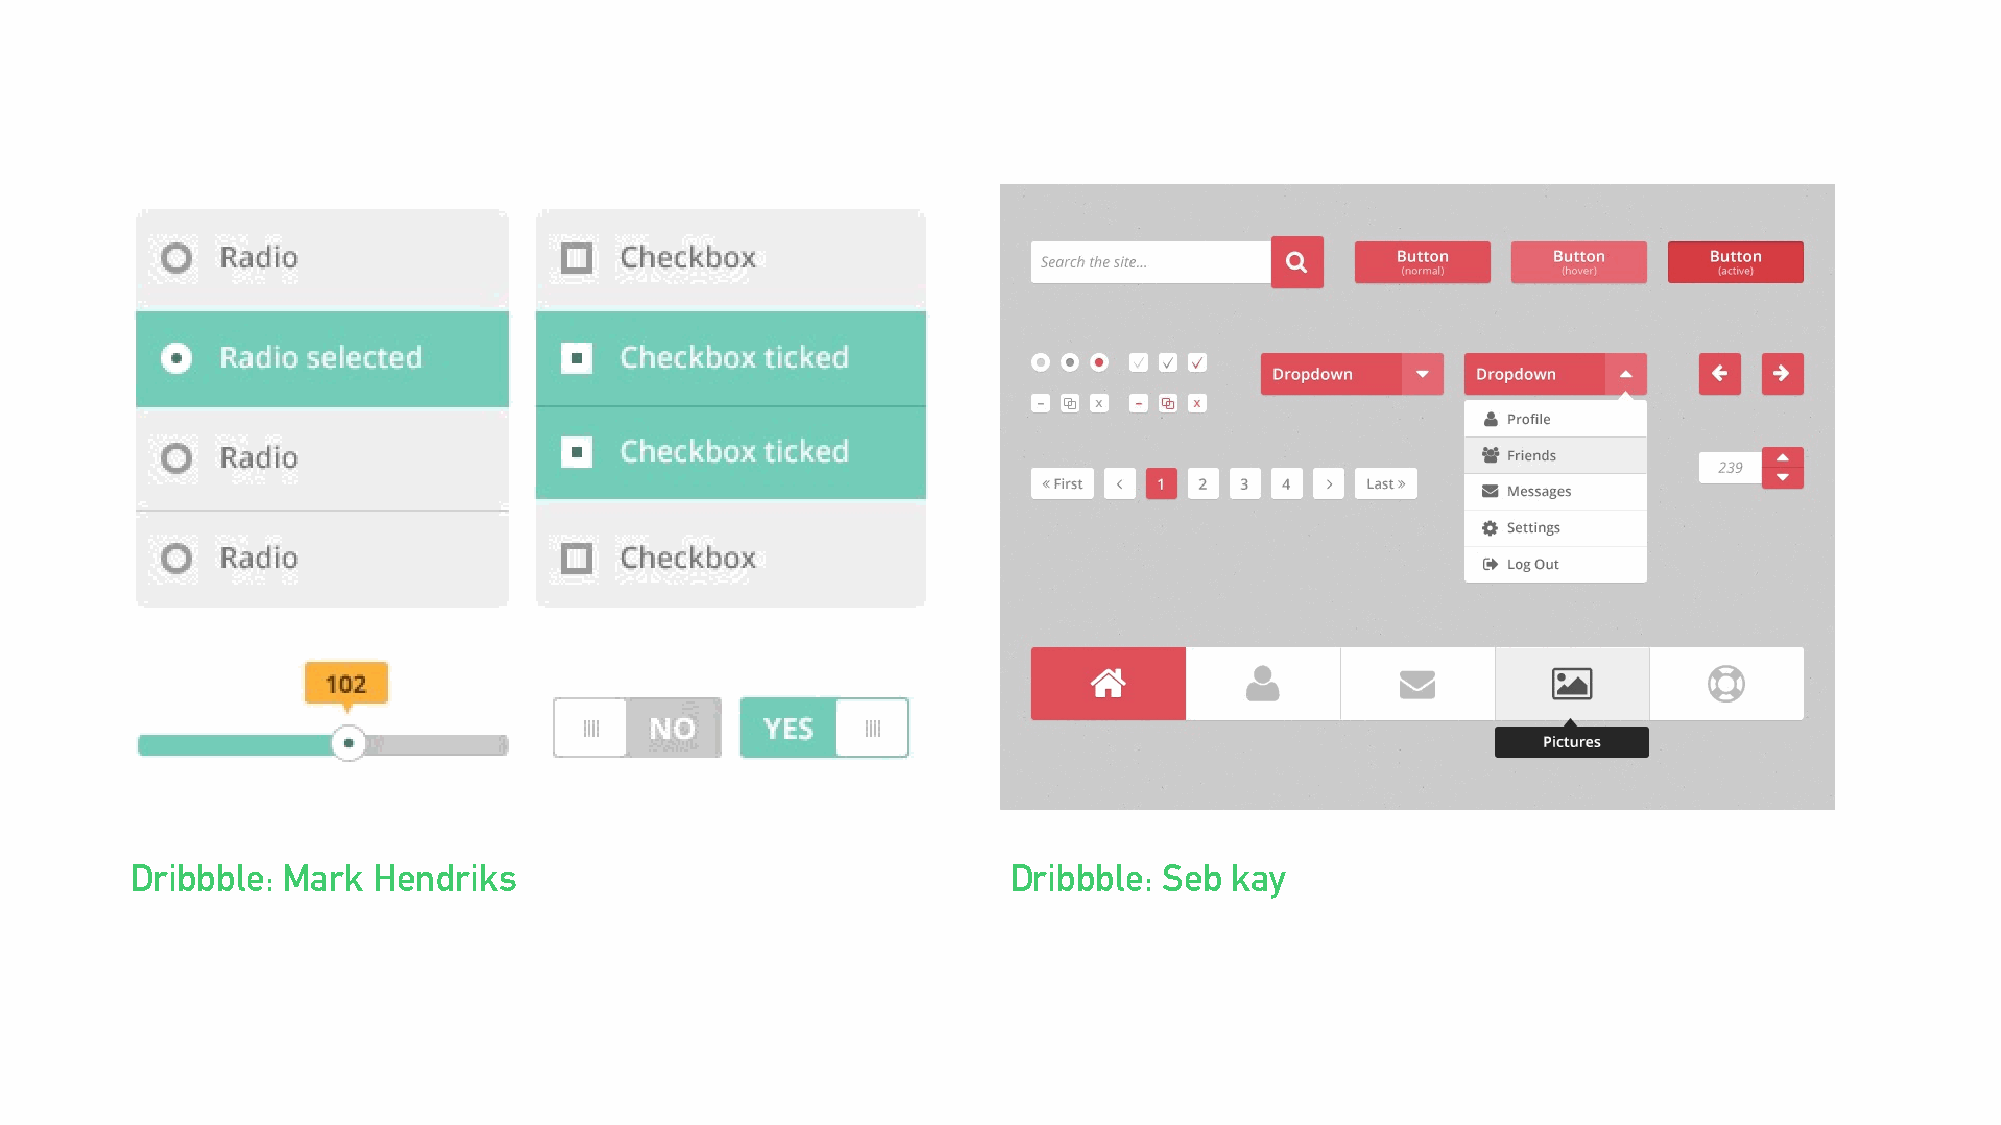
Dribbble: Mark  Hendriks                                  Dribbble: Seb kay